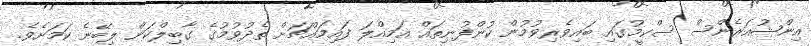
އިންޝުއަރެންސް ސްކީމުގައި ބައިވެރިވުމުން ކުންފުނިތައް އަމިއްލަ ފައިމައްޗަށް ތެދުވުމުގެ ގާބިލްކަން ލިބޭނެ ކަމަށެވެ.